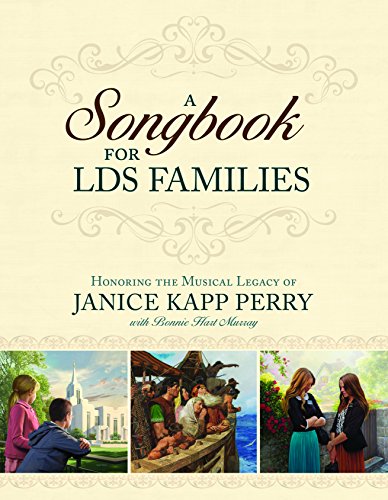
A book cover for Songbook For LDS Families; Janice Kapp Perry; Christian Books & Bibles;